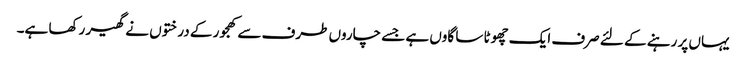
یہاں پر رہنے کے لئے صرف ایک چھوٹا سا گاوں ہے جسے چاروں طرف سے کھجور کے درختوں نے گھیر رکھا ہے۔